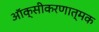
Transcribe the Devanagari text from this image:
ऑक्सीकरणात्मक